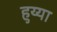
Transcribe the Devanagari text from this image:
हुय्या